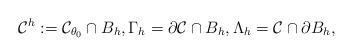
LaTeX: \begin{align*} \mathcal C^{h}:=\mathcal C_{\theta_0}\cap B_{h},\Gamma_h=\partial \mathcal C\cap B_h,\Lambda_h=\mathcal C \cap \partial B_h, \end{align*}